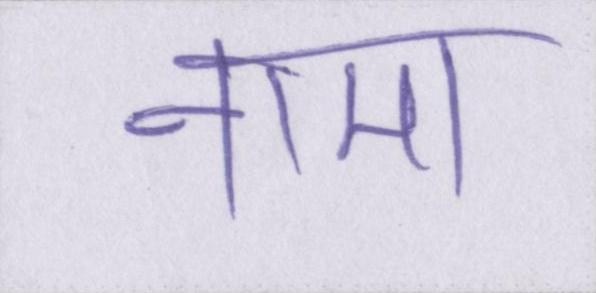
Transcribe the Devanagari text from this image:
नामा